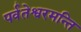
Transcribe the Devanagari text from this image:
पर्वतेश्वरमन्ति